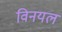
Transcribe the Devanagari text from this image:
विनयल